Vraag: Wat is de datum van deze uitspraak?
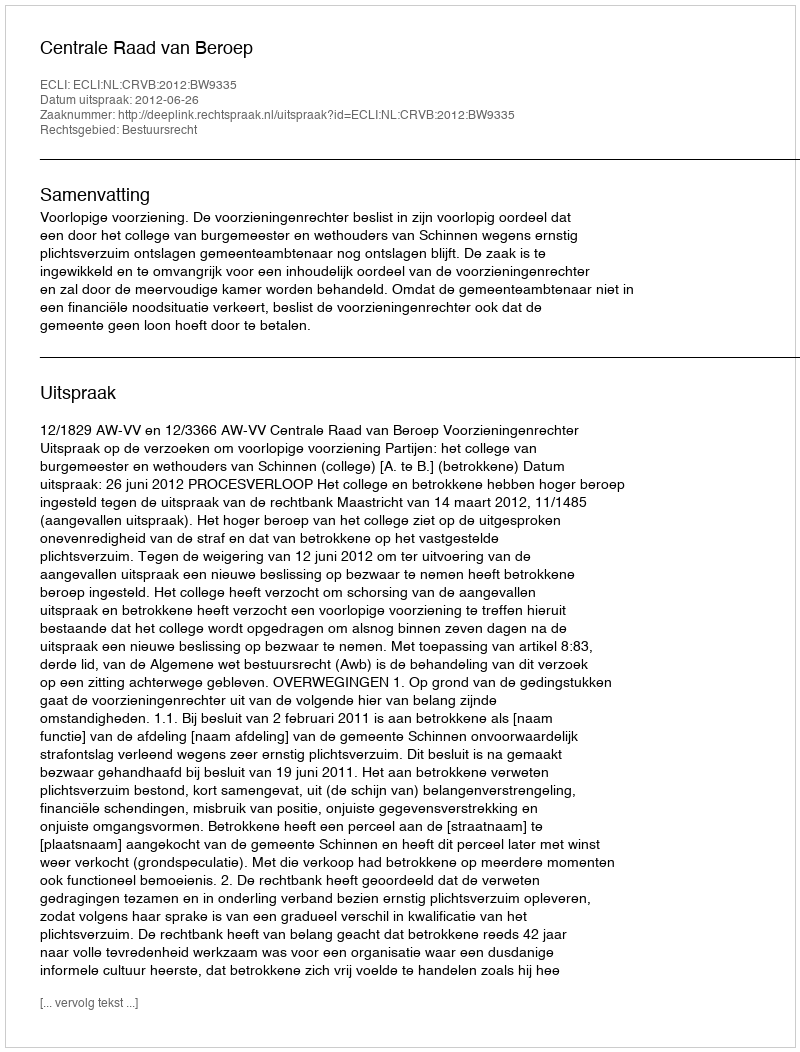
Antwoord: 2012-06-26